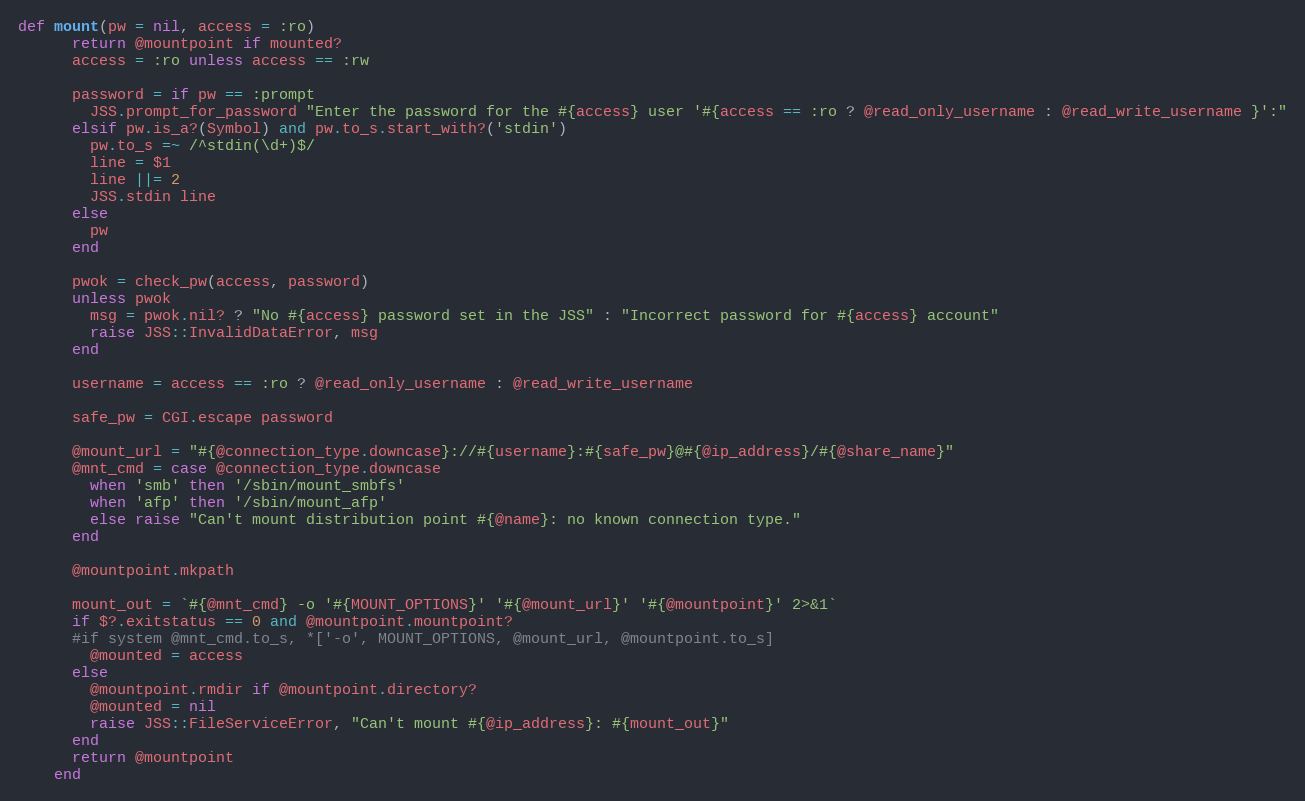
Language: Ruby
def mount(pw = nil, access = :ro)
      return @mountpoint if mounted?
      access = :ro unless access == :rw

      password = if pw == :prompt
        JSS.prompt_for_password "Enter the password for the #{access} user '#{access == :ro ? @read_only_username : @read_write_username }':"
      elsif pw.is_a?(Symbol) and pw.to_s.start_with?('stdin')
        pw.to_s =~ /^stdin(\d+)$/
        line = $1
        line ||= 2
        JSS.stdin line
      else
        pw
      end

      pwok = check_pw(access, password)
      unless pwok
        msg = pwok.nil? ? "No #{access} password set in the JSS" : "Incorrect password for #{access} account"
        raise JSS::InvalidDataError, msg
      end

      username = access == :ro ? @read_only_username : @read_write_username

      safe_pw = CGI.escape password

      @mount_url = "#{@connection_type.downcase}://#{username}:#{safe_pw}@#{@ip_address}/#{@share_name}"
      @mnt_cmd = case @connection_type.downcase
        when 'smb' then '/sbin/mount_smbfs'
        when 'afp' then '/sbin/mount_afp'
        else raise "Can't mount distribution point #{@name}: no known connection type."
      end

      @mountpoint.mkpath

      mount_out = `#{@mnt_cmd} -o '#{MOUNT_OPTIONS}' '#{@mount_url}' '#{@mountpoint}' 2>&1`
      if $?.exitstatus == 0 and @mountpoint.mountpoint?
      #if system @mnt_cmd.to_s, *['-o', MOUNT_OPTIONS, @mount_url, @mountpoint.to_s]
        @mounted = access
      else
        @mountpoint.rmdir if @mountpoint.directory?
        @mounted = nil
        raise JSS::FileServiceError, "Can't mount #{@ip_address}: #{mount_out}"
      end
      return @mountpoint
    end